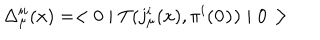
\Delta _ { \mu } ^ { i i } ( x ) = < 0 \mid T ( j _ { \mu } ^ { i } ( x ) , \pi ^ { i } ( \bf 0 ) ) \mid 0 >